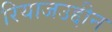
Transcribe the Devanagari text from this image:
रियाजउद्दीन